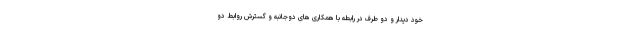
خود دیدار و دو طرف در رابطه با همکاری های دوجانبه و گسترش روابط دو